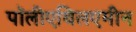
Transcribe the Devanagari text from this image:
पॉलीएथिलएमीन